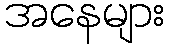
အနေများ